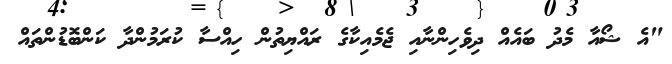
"އެ ޝޯއާ މެދު ބައެއް ދިވެހިންނާއި ޖެމެއިކާގެ ރައްޔިތުން ހިއްސާ ކުރަމުންދާ ކަންބޮޑުންތައް